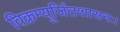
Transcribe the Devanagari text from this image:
विक्रम्यूर्जितशासनः।